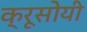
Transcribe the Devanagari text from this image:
क्रूसोयी